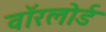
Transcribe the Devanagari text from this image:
वॉरलोर्ड